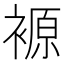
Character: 𲀻